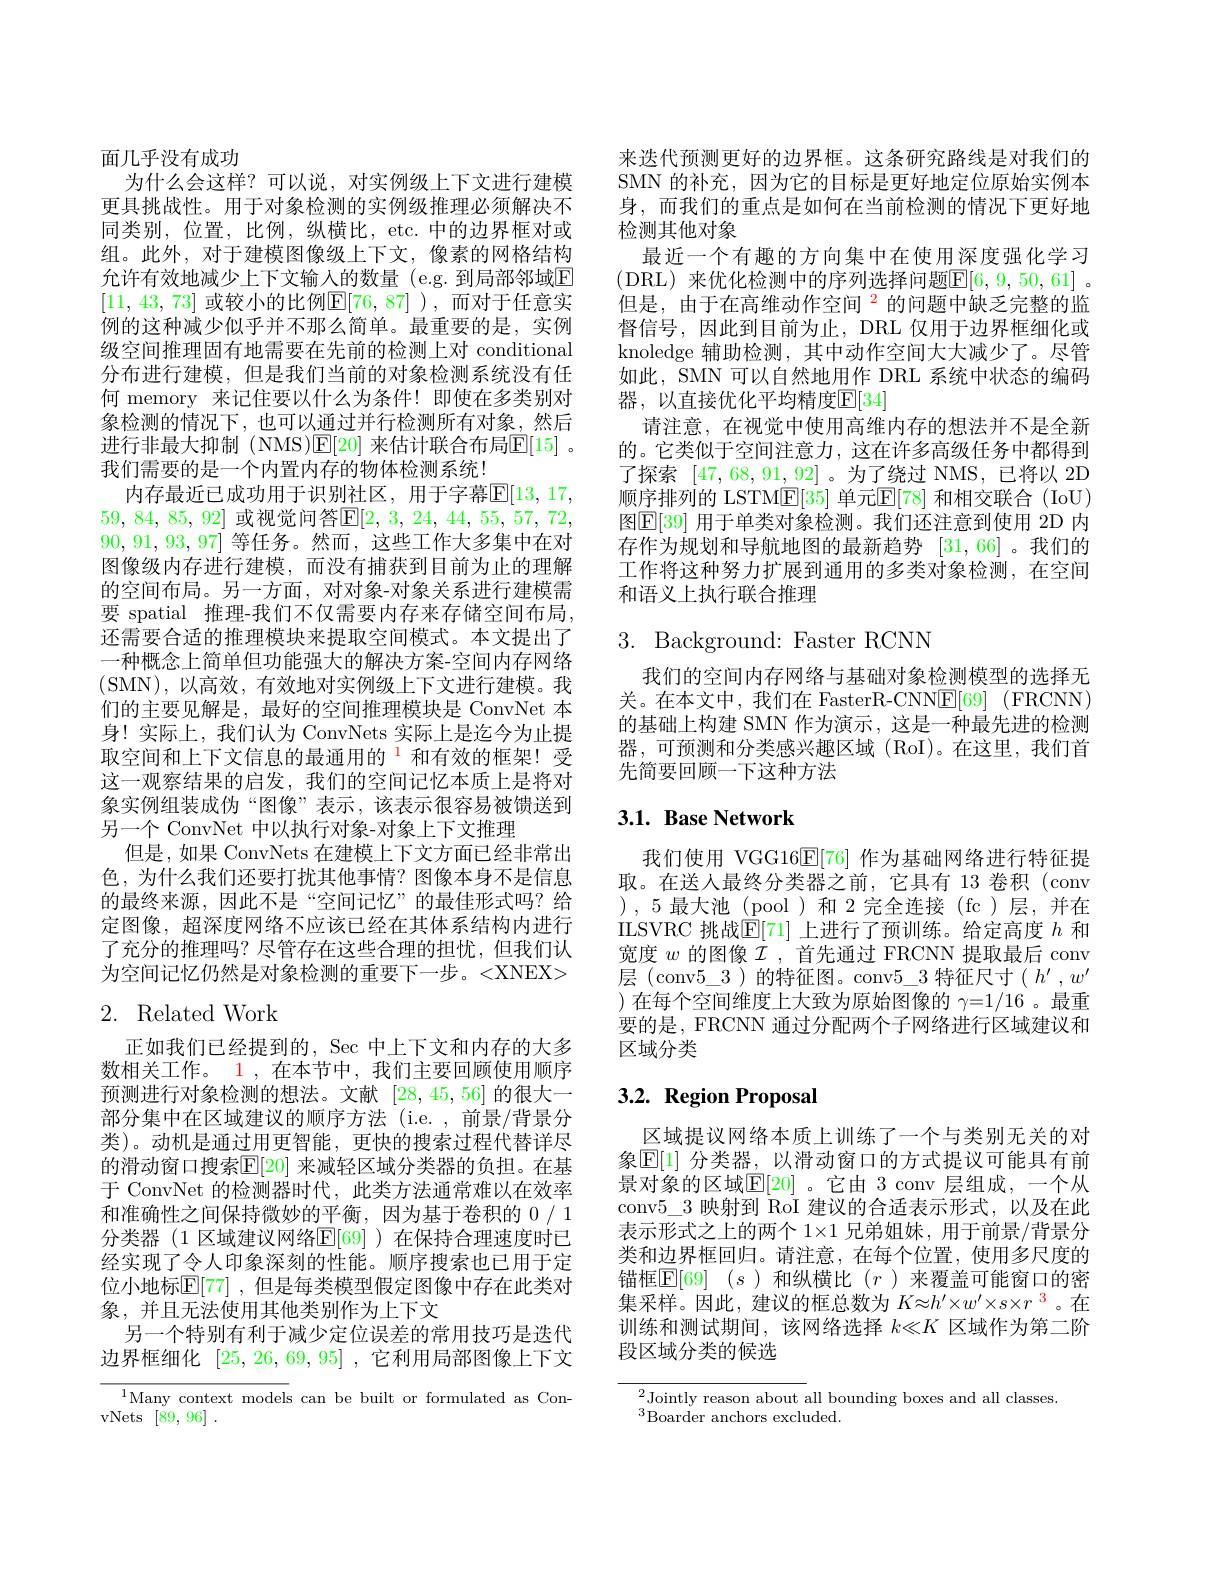
面几乎没有成功
为什么会这样？可以说，对实例级上下文进行建模更具挑战性。用于对象检测的实例级推理必须解决不同类别，位置，比例，纵横比，etc. 中的边界框对或组。此外，对于建模图像级上下文，像素的网格结构允许有效地减少上下文输入的数量 (e.g.到局部邻域E [11,43,73] 或较小的比例$\mathbb{E}[76,87]$ ),而对于任意实例的这种减少似乎并不那么简单。最重要的是，实例级空间推理固有地需要在先前的检测上对 conditional 分布进行建模，但是我们当前的对象检测系统没有任何 memory 来记住要以什么为条件！即使在多类别对象检测的情况下，也可以通过并行检测所有对象，然后进行非最大抑制 (NMS)E[20] 来估计联合布局$\mathbb{E}[15]$ 。我们需要的是一个内置内存的物体检测系统！
内存最近已成功用于识别社区，用于字幕$\mathbb{E}[13,17$, 59, 84, 85, 92] 或视觉问答$\mathbb{E} [ 2$, 3, 24, 44, 55, 57, 72, 90,91,93,97]等任务。然而，这些工作大多集中在对图像级内存进行建模，而没有捕获到目前为止的理解的空间布局。另一方面，对对象-对象关系进行建模需要 spatial 推理-我们不仅需要内存来存储空间布局， 还需要合适的推理模块来提取空间模式。本文提出了一种概念上简单但功能强大的解决方案-空间内存网络(SMN),以高效，有效地对实例级上下文进行建模。我们的主要见解是，最好的空间推理模块是 ConvNet 本身！实际上，我们认为 ConvNets 实际上是迄今为止提取空间和上下文信息的最通用的$^{1}$和有效的框架！受这一观察结果的启发，我们的空间记忆本质上是将对象实例组装成伪“图像”表示，该表示很容易被馈送到另一个 ConvNet 中以执行对象-对象上下文推理
但是，如果 ConvNets 在建模上下文方面已经非常出色，为什么我们还要打扰其他事情？图像本身不是信息的最终来源，因此不是“空间记忆”的最佳形式吗？给定图像，超深度网络不应该已经在其体系结构内进行了充分的推理吗？尽管存在这些合理的担忧，但我们认为空间记忆仍然是对象检测的重要下一步。<XNEX> 2. Related Work

正如我们已经提到的，Sec 中上下文和内存的大多数相关工作。1 ,在本节中，我们主要回顾使用顺序预测进行对象检测的想法。文献[28,45,56]的很大一部分集中在区域建议的顺序方法(i.e. , 前景/背景分类)。动机是通过用更智能，更快的搜索过程代替详尽的滑动窗口搜索$\mathbb{E}[20]$ 来减轻区域分类器的负担。在基于 ConvNet 的检测器时代，此类方法通常难以在效率和准确性之间保持微妙的平衡，因为基于卷积的 0 / 1分类器 (1 区域建议网络$\mathbb{E}[69]$ )在保持合理速度时已经实现了令人印象深刻的性能。顺序搜索也已用于定位小地标$\mathbb{E}[77]$ ,但是每类模型假定图像中存在此类对象，并且无法使用其他类别作为上下文
另一个特别有利于减少定位误差的常用技巧是迭代边界框细化[25,26,69,95] ,它利用局部图像上下文

$^{1}$Many context models can be built or formulated as Con-
vNets [89,96].

来迭代预测更好的边界框。这条研究路线是对我们的SMN 的补充，因为它的目标是更好地定位原始实例本身，而我们的重点是如何在当前检测的情况下更好地检测其他对象
最近一个有趣的方向集中在使用深度强化学习(DRL)来优化检测中的序列选择问题$\mathbb{E}[6,9,50,61]$。但是，由于在高维动作空间$^{2}$的问题中缺乏完整的监督信号，因此到目前为止，DRL 仅用于边界框细化或knoledge 辅助检测，其中动作空间大大减少了。尽管如此，SMN 可以自然地用作 DRL 系统中状态的编码器，以直接优化平均精度$\mathbb{E}[34]$
请注意，在视觉中使用高维内存的想法并不是全新的。它类似于空间注意力，这在许多高级任务中都得到了探索[47,68,91,92] 。为了绕过 NMS,已将以 2D 顺序排列的 LSTM$\underline{\mathrm{E}}[35]$ 单元$\underline{\mathrm{E}}[78]$ 和相交联合 (IoU) 图$\mathbb{E}[39]$ 用于单类对象检测。我们还注意到使用 2D 内存作为规划和导航地图的最新趋势[31,66] 。我们的工作将这种努力扩展到通用的多类对象检测，在空间和语义上执行联合推理

# 3. Background: Faster RCNN

我们的空间内存网络与基础对象检测模型的选择无关。在本文中，我们在 FasterR-CNN$\underline {\mathrm{E} }[ 69]$ (FRCNN) 的基础上构建 SMN 作为演示，这是一种最先进的检测器，可预测和分类感兴趣区域(RoI)。在这里，我们首先简要回顾一下这种方法

# $3. 1. \textbf{Base Network}$

我们使用 VGG16$\mathbb{E}[76]$作为基础网络进行特征提取。在送人最终分类器之前，它具有 13卷积(conv ),5最大池(pool)和2完全连接(fc)层，并在ILSVRC 挑战$\mathbb{E}[71]$上进行了预训练。给定高度$h$和宽度$w$的图像$\mathcal{I}$ ,首先通过 FRCNN 提取最后 conv 层 (conv$5\_3$ )的特征图。conv$5\_3$特征尺寸$(h^\prime,w^{\prime}$ )在每个空间维度上大致为原始图像的$\gamma=1/16$ 。最重要的是，FRCNN 通过分配两个子网络进行区域建议和区域分类

## $3. 2. \textbf{Region Proposal}$

区域提议网络本质上训练了一个与类别无关的对象$\mathbb{E}[1]$ 分类器，以滑动窗口的方式提议可能具有前景对象的区域$\mathbb{E}[20]$ 。它由 3 conv 层组成，一个从conv$5\_3$映射到 RoI 建议的合适表示形式，以及在此表示形式之上的两个$1\times1$兄弟姐妹，用于前景/背景分类和边界框回归。请注意，在每个位置，使用多尺度的锚框$\mathbb{E} [ 69]$ $( s$)和纵横比 $(r$ )来覆盖可能窗口的密集采样。因此，建议的框总数为$K\approx h^{\prime}\times w^{\prime}\times s\times r^{\color{#c000}{3}}$。在训练和测试期间，该网络选择$k\ll K$区域作为第二阶段区域分类的候选

$^{2}$Jointly reason about all bounding boxes and all classes.
$^{3}$Boarder anchors excluded.